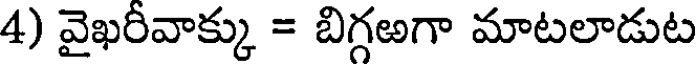
4) వైఖరీవాక్కు = బిగ్గఱగా మాటలాడుట